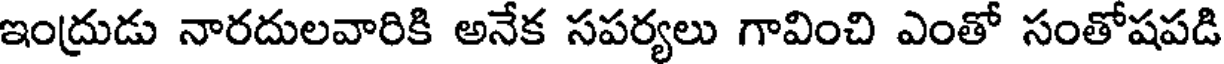
ఇంద్రుడు నారదులవారికి అనేక సపర్యలు గావించి ఎంతో సంతోషపడి